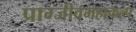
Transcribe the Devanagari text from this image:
प्राग्जीवमहाकल्प